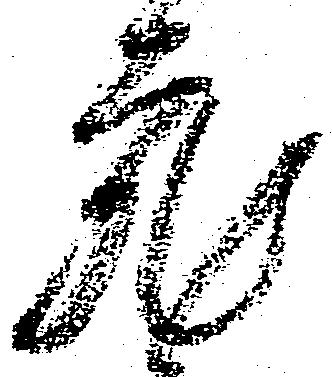
充